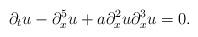
LaTeX: \begin{align*}\partial_tu- \partial_x^5u+ a\partial_x^2 u\partial_x^3 u=0.\end{align*}